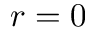
r = 0